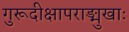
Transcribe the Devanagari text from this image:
गुरूदीक्षापराङ्मुखाः